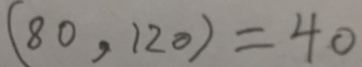
( 8 0 , 1 2 0 ) = 4 0